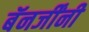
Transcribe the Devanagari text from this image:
बॅनर्जींनी